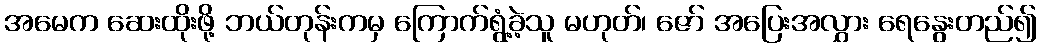
အမေက ဆေးထိုးဖို့ ဘယ်တုန်းကမှ ကြောက်ရွံ့ခဲ့သူ မဟုတ်၊ ဇော် အပြေးအလွှား ရေနွေးတည်၍